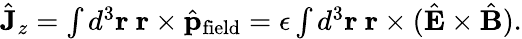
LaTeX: \begin{array}{r}{\hat{\mathbf J}_{z}=\int d^{3}{\mathbf r}\ {\mathbf r}\times\hat{\mathbf p}_{\mathrm{field}}=\epsilon\int d^{3}{\mathbf r}\ {\mathbf r}\times(\hat{\mathbf E}\times\hat{\mathbf B}).}\end{array}